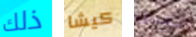
ذلك كيشا لتقليل